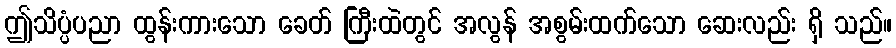
ဤသိပ္ပံပညာ ထွန်းကားသော ခေတ် ကြီးထဲတွင် အလွန် အစွမ်းထက်သော ဆေးလည်း ရှိ သည်။